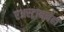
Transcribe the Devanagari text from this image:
एअरट्राननेही